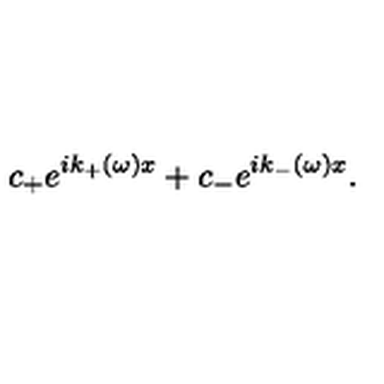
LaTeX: c _ { + } e ^ { i k _ { + } ( \omega ) x } + c _ { - } e ^ { i k _ { - } ( \omega ) x } .